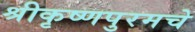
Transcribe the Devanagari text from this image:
श्रीकृष्णपुरमचे